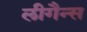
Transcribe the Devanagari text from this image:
लीगैन्स